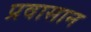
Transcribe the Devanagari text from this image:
प्रवासान